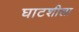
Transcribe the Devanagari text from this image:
घाटशीला